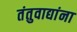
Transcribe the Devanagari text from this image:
तंतुवाद्यांना